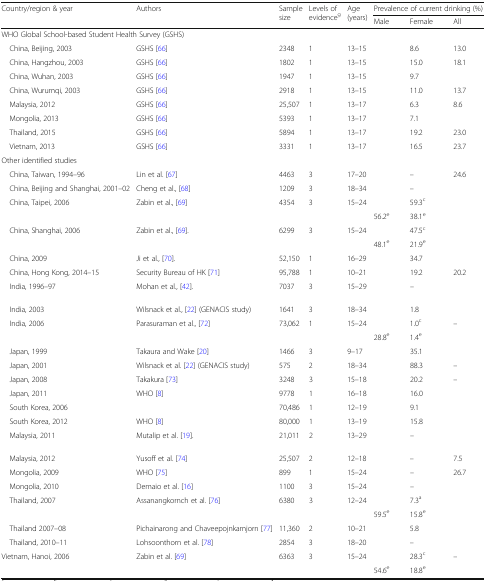
<table><thead><tr><td rowspan="2"><b>Country/region &amp; year</b></td><td rowspan="2"><b>Authors</b></td><td rowspan="2"><b>Sample size</b></td><td rowspan="2"><b>Levels of evidence<sup>g</sup></b></td><td rowspan="2"><b>Age (years)</b></td><td colspan="3"><b>Prevalence of current drinking (%)</b></td></tr><tr><td><b>Male</b></td><td><b>Female</b></td><td><b>All</b></td></tr></thead><tbody><tr><td colspan="8">WHO Global School-based Student Health Survey (GSHS)</td></tr><tr><td> China, Beijing, 2003</td><td>GSHS [66]</td><td>2348</td><td>1</td><td>13–15</td><td>[EMPTY_CELL]</td><td>8.6</td><td>13.0</td></tr><tr><td> China, Hangzhou, 2003</td><td>GSHS [66]</td><td>1802</td><td>1</td><td>13–15</td><td>[EMPTY_CELL]</td><td>15.0</td><td>18.1</td></tr><tr><td> China, Wuhan, 2003</td><td>GSHS [66]</td><td>1947</td><td>1</td><td>13–15</td><td>[EMPTY_CELL]</td><td>9.7</td><td>[EMPTY_CELL]</td></tr><tr><td> China, Wurumqi, 2003</td><td>GSHS [66]</td><td>2918</td><td>1</td><td>13–15</td><td>[EMPTY_CELL]</td><td>11.0</td><td>13.7</td></tr><tr><td> Malaysia, 2012</td><td>GSHS [66]</td><td>25,507</td><td>1</td><td>13–17</td><td>[EMPTY_CELL]</td><td>6.3</td><td>8.6</td></tr><tr><td> Mongolia, 2013</td><td>GSHS [66]</td><td>5393</td><td>1</td><td>13–17</td><td>[EMPTY_CELL]</td><td>7.1</td><td>[EMPTY_CELL]</td></tr><tr><td> Thailand, 2015</td><td>GSHS [66]</td><td>5894</td><td>1</td><td>13–17</td><td>[EMPTY_CELL]</td><td>19.2</td><td>23.0</td></tr><tr><td> Vietnam, 2013</td><td>GSHS [66]</td><td>3331</td><td>1</td><td>13–17</td><td>[EMPTY_CELL]</td><td>16.5</td><td>23.7</td></tr><tr><td colspan="8">Other identified studies</td></tr><tr><td> China, Taiwan, 1994–96</td><td>Lin et al. [67]</td><td>4463</td><td>3</td><td>17–20</td><td>[EMPTY_CELL]</td><td>–</td><td>24.6</td></tr><tr><td> China, Beijing and Shanghai, 2001–02</td><td>Cheng et al., [68]</td><td>1209</td><td>3</td><td>18–34</td><td>[EMPTY_CELL]</td><td>–</td><td>[EMPTY_CELL]</td></tr><tr><td rowspan="2"> China, Taipei, 2006</td><td rowspan="2">Zabin et al., [69]</td><td rowspan="2">4354</td><td rowspan="2">3</td><td rowspan="2">15–24</td><td>[EMPTY_CELL]</td><td>59.3<sup>c</sup></td><td rowspan="2">[EMPTY_CELL]</td></tr><tr><td>56.2<sup>e</sup></td><td>38.1<sup>e</sup></td></tr><tr><td rowspan="2"> China, Shanghai, 2006</td><td rowspan="2">Zabin et al., [69].</td><td rowspan="2">6299</td><td rowspan="2">3</td><td rowspan="2">15–24</td><td>[EMPTY_CELL]</td><td>47.5<sup>c</sup></td><td rowspan="2">[EMPTY_CELL]</td></tr><tr><td>48.1<sup>e</sup></td><td>21.9<sup>e</sup></td></tr><tr><td> China, 2009</td><td>Ji et al., [70].</td><td>52,150</td><td>1</td><td>16–29</td><td>[EMPTY_CELL]</td><td>34.7</td><td>[EMPTY_CELL]</td></tr><tr><td> China, Hong Kong, 2014–15</td><td>Security Bureau of HK [71]</td><td>95,788</td><td>1</td><td>10–21</td><td>[EMPTY_CELL]</td><td>19.2</td><td>20.2</td></tr><tr><td> India, 1996–97</td><td>Mohan et al., [42].</td><td>7037</td><td>3</td><td>15–29</td><td>[EMPTY_CELL]</td><td>–</td><td>[EMPTY_CELL]</td></tr><tr><td> India, 2003</td><td>Wilsnack et al., [22] (GENACIS study)</td><td>1641</td><td>3</td><td>18–34</td><td>[EMPTY_CELL]</td><td>1.8</td><td>[EMPTY_CELL]</td></tr><tr><td rowspan="2"> India, 2006</td><td rowspan="2">Parasuraman et al., [72]</td><td rowspan="2">73,062</td><td rowspan="2">1</td><td rowspan="2">15–24</td><td>[EMPTY_CELL]</td><td>1.0<sup>c</sup></td><td rowspan="2">–</td></tr><tr><td>28.8<sup>e</sup></td><td>1.4<sup>e</sup></td></tr><tr><td> Japan, 1999</td><td>Takaura and Wake [20]</td><td>1466</td><td>3</td><td>9–17</td><td>[EMPTY_CELL]</td><td>35.1</td><td>[EMPTY_CELL]</td></tr><tr><td> Japan, 2001</td><td>Wilsnack et al. [22] (GENACIS study)</td><td>575</td><td>2</td><td>18–34</td><td>[EMPTY_CELL]</td><td>88.3</td><td>–</td></tr><tr><td> Japan, 2008</td><td>Takakura [73]</td><td>3248</td><td>3</td><td>15–18</td><td>[EMPTY_CELL]</td><td>20.2</td><td>–</td></tr><tr><td> Japan, 2011</td><td>WHO [8]</td><td>9778</td><td>1</td><td>16–18</td><td>[EMPTY_CELL]</td><td>16.0</td><td>[EMPTY_CELL]</td></tr><tr><td> South Korea, 2006</td><td>[EMPTY_CELL]</td><td>70,486</td><td>1</td><td>12–19</td><td>[EMPTY_CELL]</td><td>9.1</td><td>[EMPTY_CELL]</td></tr><tr><td> South Korea, 2012</td><td>WHO [8]</td><td>80,000</td><td>1</td><td>13–19</td><td>[EMPTY_CELL]</td><td>15.8</td><td>[EMPTY_CELL]</td></tr><tr><td> Malaysia, 2011</td><td>Mutalip et al. [19].</td><td>21,011</td><td>2</td><td>13–29</td><td>[EMPTY_CELL]</td><td>–</td><td>[EMPTY_CELL]</td></tr><tr><td> Malaysia, 2012</td><td>Yusoff et al. [74]</td><td>25,507</td><td>2</td><td>12–18</td><td>[EMPTY_CELL]</td><td>–</td><td>7.5</td></tr><tr><td> Mongolia, 2009</td><td>WHO [75]</td><td>899</td><td>1</td><td>15–24</td><td>[EMPTY_CELL]</td><td>–</td><td>26.7</td></tr><tr><td> Mongolia, 2010</td><td>Demaio et al. [16]</td><td>1100</td><td>3</td><td>15–24</td><td>[EMPTY_CELL]</td><td>–</td><td>[EMPTY_CELL]</td></tr><tr><td rowspan="2"> Thailand, 2007</td><td rowspan="2">Assanangkornch et al. [76]</td><td rowspan="2">6380</td><td rowspan="2">3</td><td rowspan="2">12–24</td><td>[EMPTY_CELL]</td><td>7.3<sup>a</sup></td><td rowspan="2">[EMPTY_CELL]</td></tr><tr><td>59.5<sup>e</sup></td><td>15.8<sup>e</sup></td></tr><tr><td> Thailand 2007–08</td><td>Pichainarong and Chaveepojnkamjorn [77]</td><td>11,360</td><td>2</td><td>10–21</td><td>[EMPTY_CELL]</td><td>5.8</td><td>[EMPTY_CELL]</td></tr><tr><td> Thailand, 2010–11</td><td>Lohsoonthorn et al. [78]</td><td>2854</td><td>3</td><td>18–20</td><td>[EMPTY_CELL]</td><td>–</td><td>[EMPTY_CELL]</td></tr><tr><td rowspan="2">Vietnam, Hanoi, 2006</td><td rowspan="2">Zabin et al. [69]</td><td rowspan="2">6363</td><td rowspan="2">3</td><td rowspan="2">15–24</td><td>[EMPTY_CELL]</td><td>28.3<sup>c</sup></td><td rowspan="2">–</td></tr><tr><td>54.6<sup>e</sup></td><td>18.8<sup>e</sup></td></tr></tbody></table>